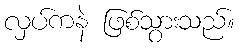
လှပ်ကနဲ ဖြစ်သွားသည်။